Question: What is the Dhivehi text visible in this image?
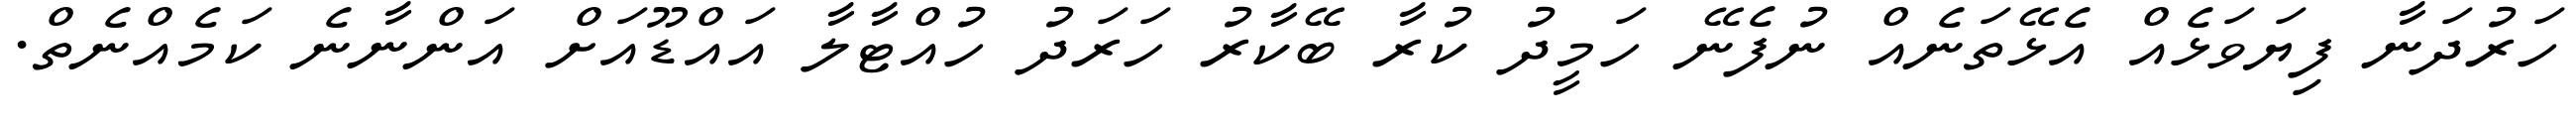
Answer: ހަރުދަނާ ފިޔަވަޅެއް އެޅޭތަނެއް ނުފެނޭ ހަމީދު ކުރާ ބޭކާރު ހަރަދު ހުއްޓާލާ އައްޑޫއަށް އަންނާނެ ކަމެއްނެތް.